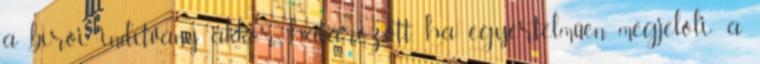
a bírói indítvány akkor határozott, ha egyértelműen megjelöli: a